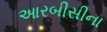
આરબીસીના